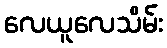
လေယူလေသိမ်း